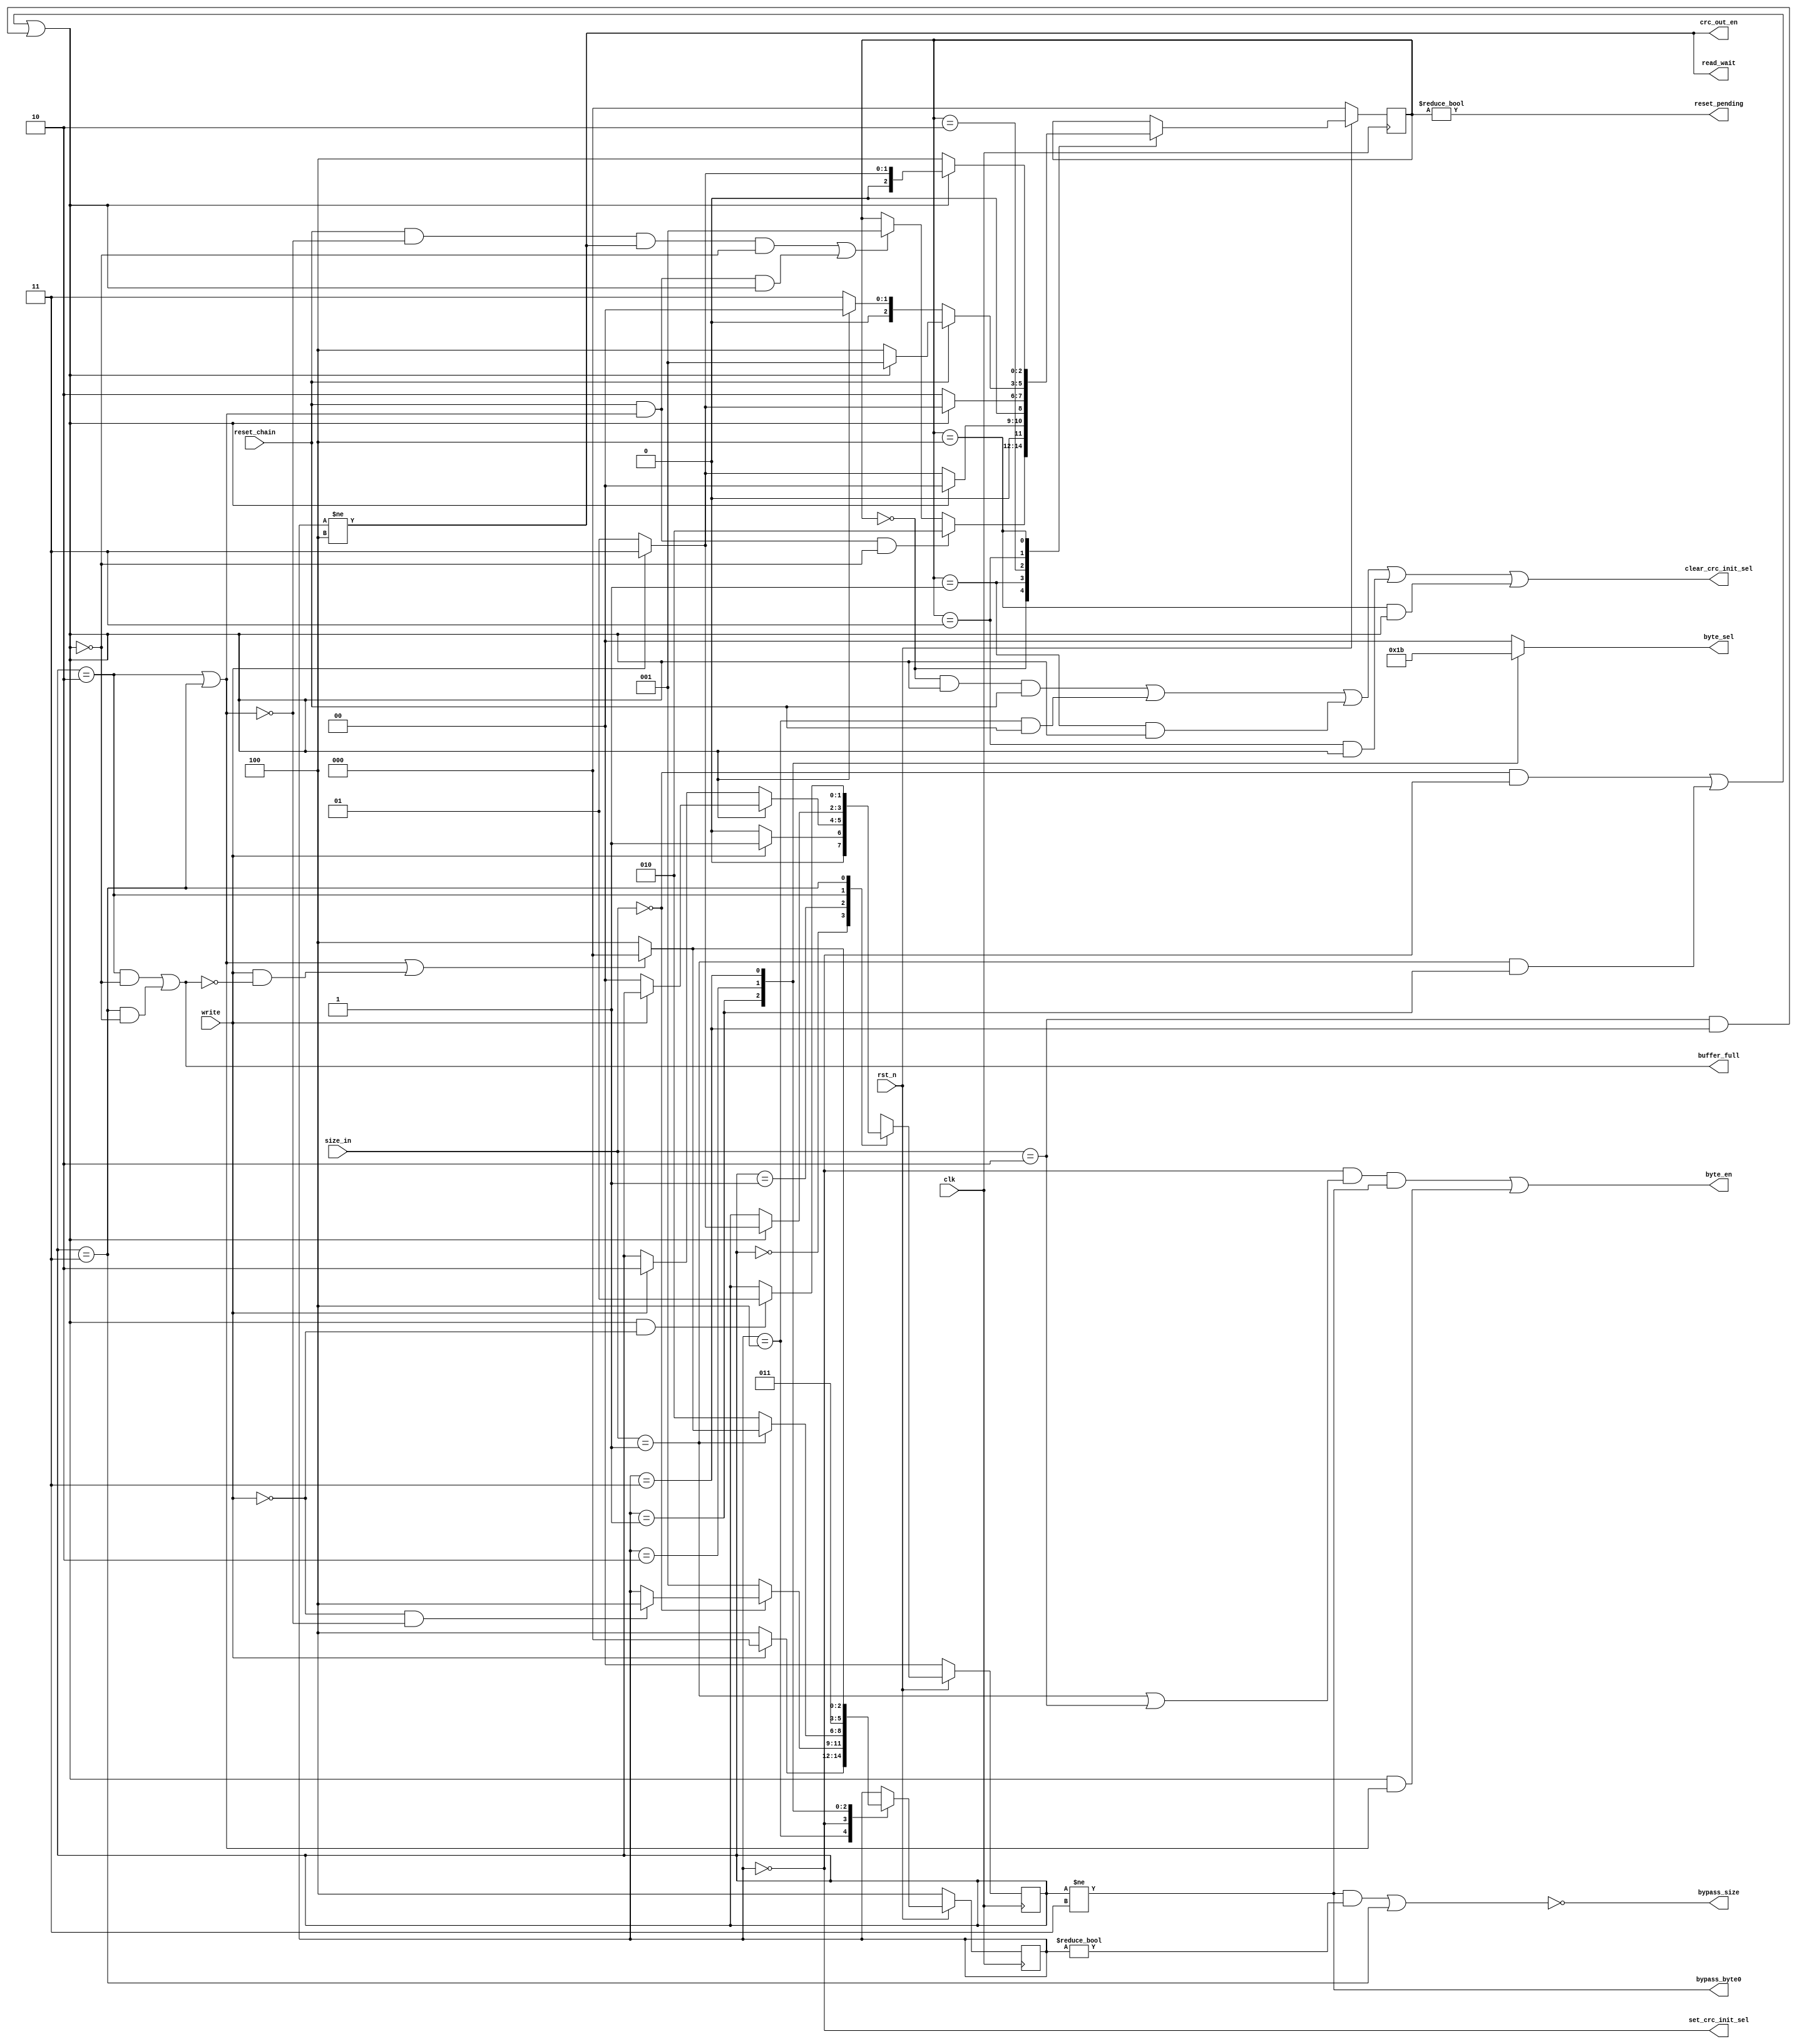
module crc_control_unit
(
 output reg [1:0] byte_sel,
 output bypass_byte0,
 output buffer_full,
 output read_wait,
 output bypass_size,
 output set_crc_init_sel,
 output clear_crc_init_sel,
 output crc_out_en,
 output byte_en,
 output reset_pending,
 input [1:0] size_in,
 input write,
 input reset_chain,
 input clk,
 input rst_n
);
localparam EMPTY   = 2'b00;
localparam WRITE_1 = 2'b01;
localparam WRITE_2 = 2'b10;
localparam BYPASS  = 2'b11;
localparam IDLE   = 3'b100;
localparam BYTE_0 = 3'b000;
localparam BYTE_1 = 3'b001;
localparam BYTE_2 = 3'b010;
localparam BYTE_3 = 3'b011;
localparam NO_RESET = 3'b000;
localparam RESET    = 3'b001;
localparam WAIT     = 3'b010;
localparam WRITE    = 3'b011;
localparam RESET_2  = 3'b100;
localparam BYTE      = 2'b00;
localparam HALF_WORD = 2'b01;
localparam WORD      = 2'b10;
reg [1:0] state_full;
reg [2:0] state_byte;
reg [2:0] state_reset;
reg [1:0] next_state_full;
reg [2:0] next_state_byte;
reg [2:0] next_state_reset;
wire last_byte;
wire has_data;
always @(posedge clk)
 begin
  if(!rst_n)
   state_full <= EMPTY;
  else
   state_full <= next_state_full;
 end
assign last_byte = (size_in == BYTE      && state_byte == BYTE_0) ||
                   (size_in == HALF_WORD && state_byte == BYTE_1) ||
                   (size_in == WORD      && state_byte == BYTE_3) ;
always @(*)
 begin
  next_state_full = state_full;
  case(state_full)
   EMPTY  : next_state_full = (write) ? WRITE_1 : EMPTY;
   WRITE_1: 
    begin
     if(last_byte)
      begin
       if(!write)
        next_state_full = EMPTY;
      end
     else
      begin
       if(write)
        next_state_full = WRITE_2;
      end
    end
   WRITE_2:
    begin
     if(last_byte)
      next_state_full = (write) ? BYPASS : WRITE_1;
    end
   BYPASS :
    begin
     if(last_byte && !write)
      next_state_full = WRITE_1;
    end
  endcase
 end
assign buffer_full = (state_full == WRITE_2 && !last_byte) ||
                     (state_full == BYPASS  && !last_byte);
assign read_wait = (state_byte != IDLE);
assign bypass_byte0 = (state_full != BYPASS); 
assign has_data = (state_full == WRITE_2) ||
                  (state_full == BYPASS ) ;
always @(posedge clk)
 begin
  if(!rst_n)
   state_byte <= IDLE;
  else
   state_byte <= next_state_byte;
 end
always @(*)
 begin
  next_state_byte = state_byte;
  case(state_byte)
   IDLE: next_state_byte = (write) ? BYTE_0 : IDLE;
   BYTE_0:
    begin
     if(size_in == BYTE)
      begin
       if(!write && !has_data)
        next_state_byte = IDLE;
      end
     else
      begin
       next_state_byte = BYTE_1;
      end
    end
   BYTE_1:
    begin
     if(size_in == HALF_WORD)
      begin
       if(has_data || (write && !buffer_full))
        next_state_byte = BYTE_0;
       else
        next_state_byte = IDLE;
      end
     else
      begin
       next_state_byte = BYTE_2;
      end
    end
   BYTE_2:
    begin
     next_state_byte = BYTE_3;
    end
   BYTE_3:
    begin
     if(has_data || (write && !buffer_full))
      next_state_byte = BYTE_0;
     else
      next_state_byte = IDLE;
    end
  endcase
 end
always @(*)
 begin
  byte_sel = 2'b00;
  case(state_byte)
   BYTE_0: byte_sel = BYTE_0;
   BYTE_1: byte_sel = BYTE_1;
   BYTE_2: byte_sel = BYTE_2;
   BYTE_3: byte_sel = BYTE_3;
  endcase
 end
assign bypass_size = !( (state_full != BYPASS && state_byte != BYTE_0) ||
                        (state_full == BYPASS)
                      );
assign crc_out_en = (state_byte != IDLE);
assign byte_en = (state_byte == BYTE_0 && (size_in == HALF_WORD || size_in == WORD) && state_full != BYPASS) ||
                 (last_byte && has_data);
always @(posedge clk)
 begin
  if(!rst_n)
   state_reset <= NO_RESET;
  else
   state_reset <= next_state_reset;
 end
always @(*)
 begin
  next_state_reset = state_reset;
  case(state_reset)
   NO_RESET:
    begin
     if((reset_chain && !has_data && state_byte != IDLE && !last_byte) || (reset_chain && has_data && last_byte))
      next_state_reset = RESET;
     if(reset_chain  && has_data && !last_byte)
      next_state_reset = WAIT;
    end
   RESET:
    begin
     if(last_byte)
      next_state_reset = NO_RESET;
     else
      next_state_reset = (write) ? WRITE : RESET;
    end
   WAIT:
    begin
     if(last_byte)
      next_state_reset = (write) ? WRITE : RESET;
     else
      next_state_reset = WAIT;
    end
   WRITE:
    begin
     if(reset_chain)
      next_state_reset = (last_byte) ? RESET : RESET_2;
     else
      next_state_reset = (last_byte) ? NO_RESET : WRITE;
    end
   RESET_2:
    begin
     if(last_byte)
      next_state_reset = (write) ? WRITE : RESET;
     else
      next_state_reset = RESET_2;
    end
  endcase
 end
assign set_crc_init_sel = (state_byte == BYTE_0);
assign clear_crc_init_sel = (state_reset == NO_RESET && last_byte && reset_chain) ||
                            (state_byte  == IDLE     && reset_chain             ) ||
                            (state_reset == RESET    && last_byte               ) ||
                            (state_reset == WRITE    && last_byte               ) ||
                            (state_reset == RESET_2  && last_byte               ) ;
assign reset_pending = (state_reset != NO_RESET);
endmodule